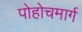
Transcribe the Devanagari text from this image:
पोहोचमार्ग